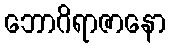
ဘောဂိရာဇာနော